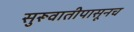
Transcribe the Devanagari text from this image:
सुरूवातीपासूनच